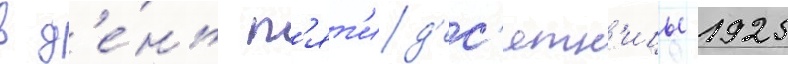
в д'е́нь п'ят'ид'ес'ятн'ицы 1925